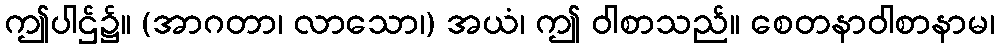
ဤပါဌ်၌။ (အာဂတာ၊ လာသော၊) အယံ၊ ဤ ဝါစာသည်။ စေတနာဝါစာနာမ၊